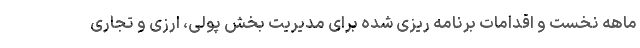
ماهه نخست و اقدامات برنامه ریزی شده برای مدیریت بخش پولی، ارزی و تجاری